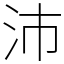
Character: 沛